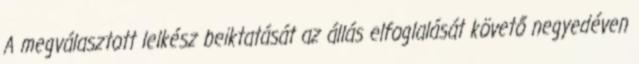
A megválasztott lelkész beiktatását az állás elfoglalását követő negyedéven